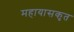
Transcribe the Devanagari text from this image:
महायासकृत